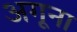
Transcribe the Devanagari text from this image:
अगूना